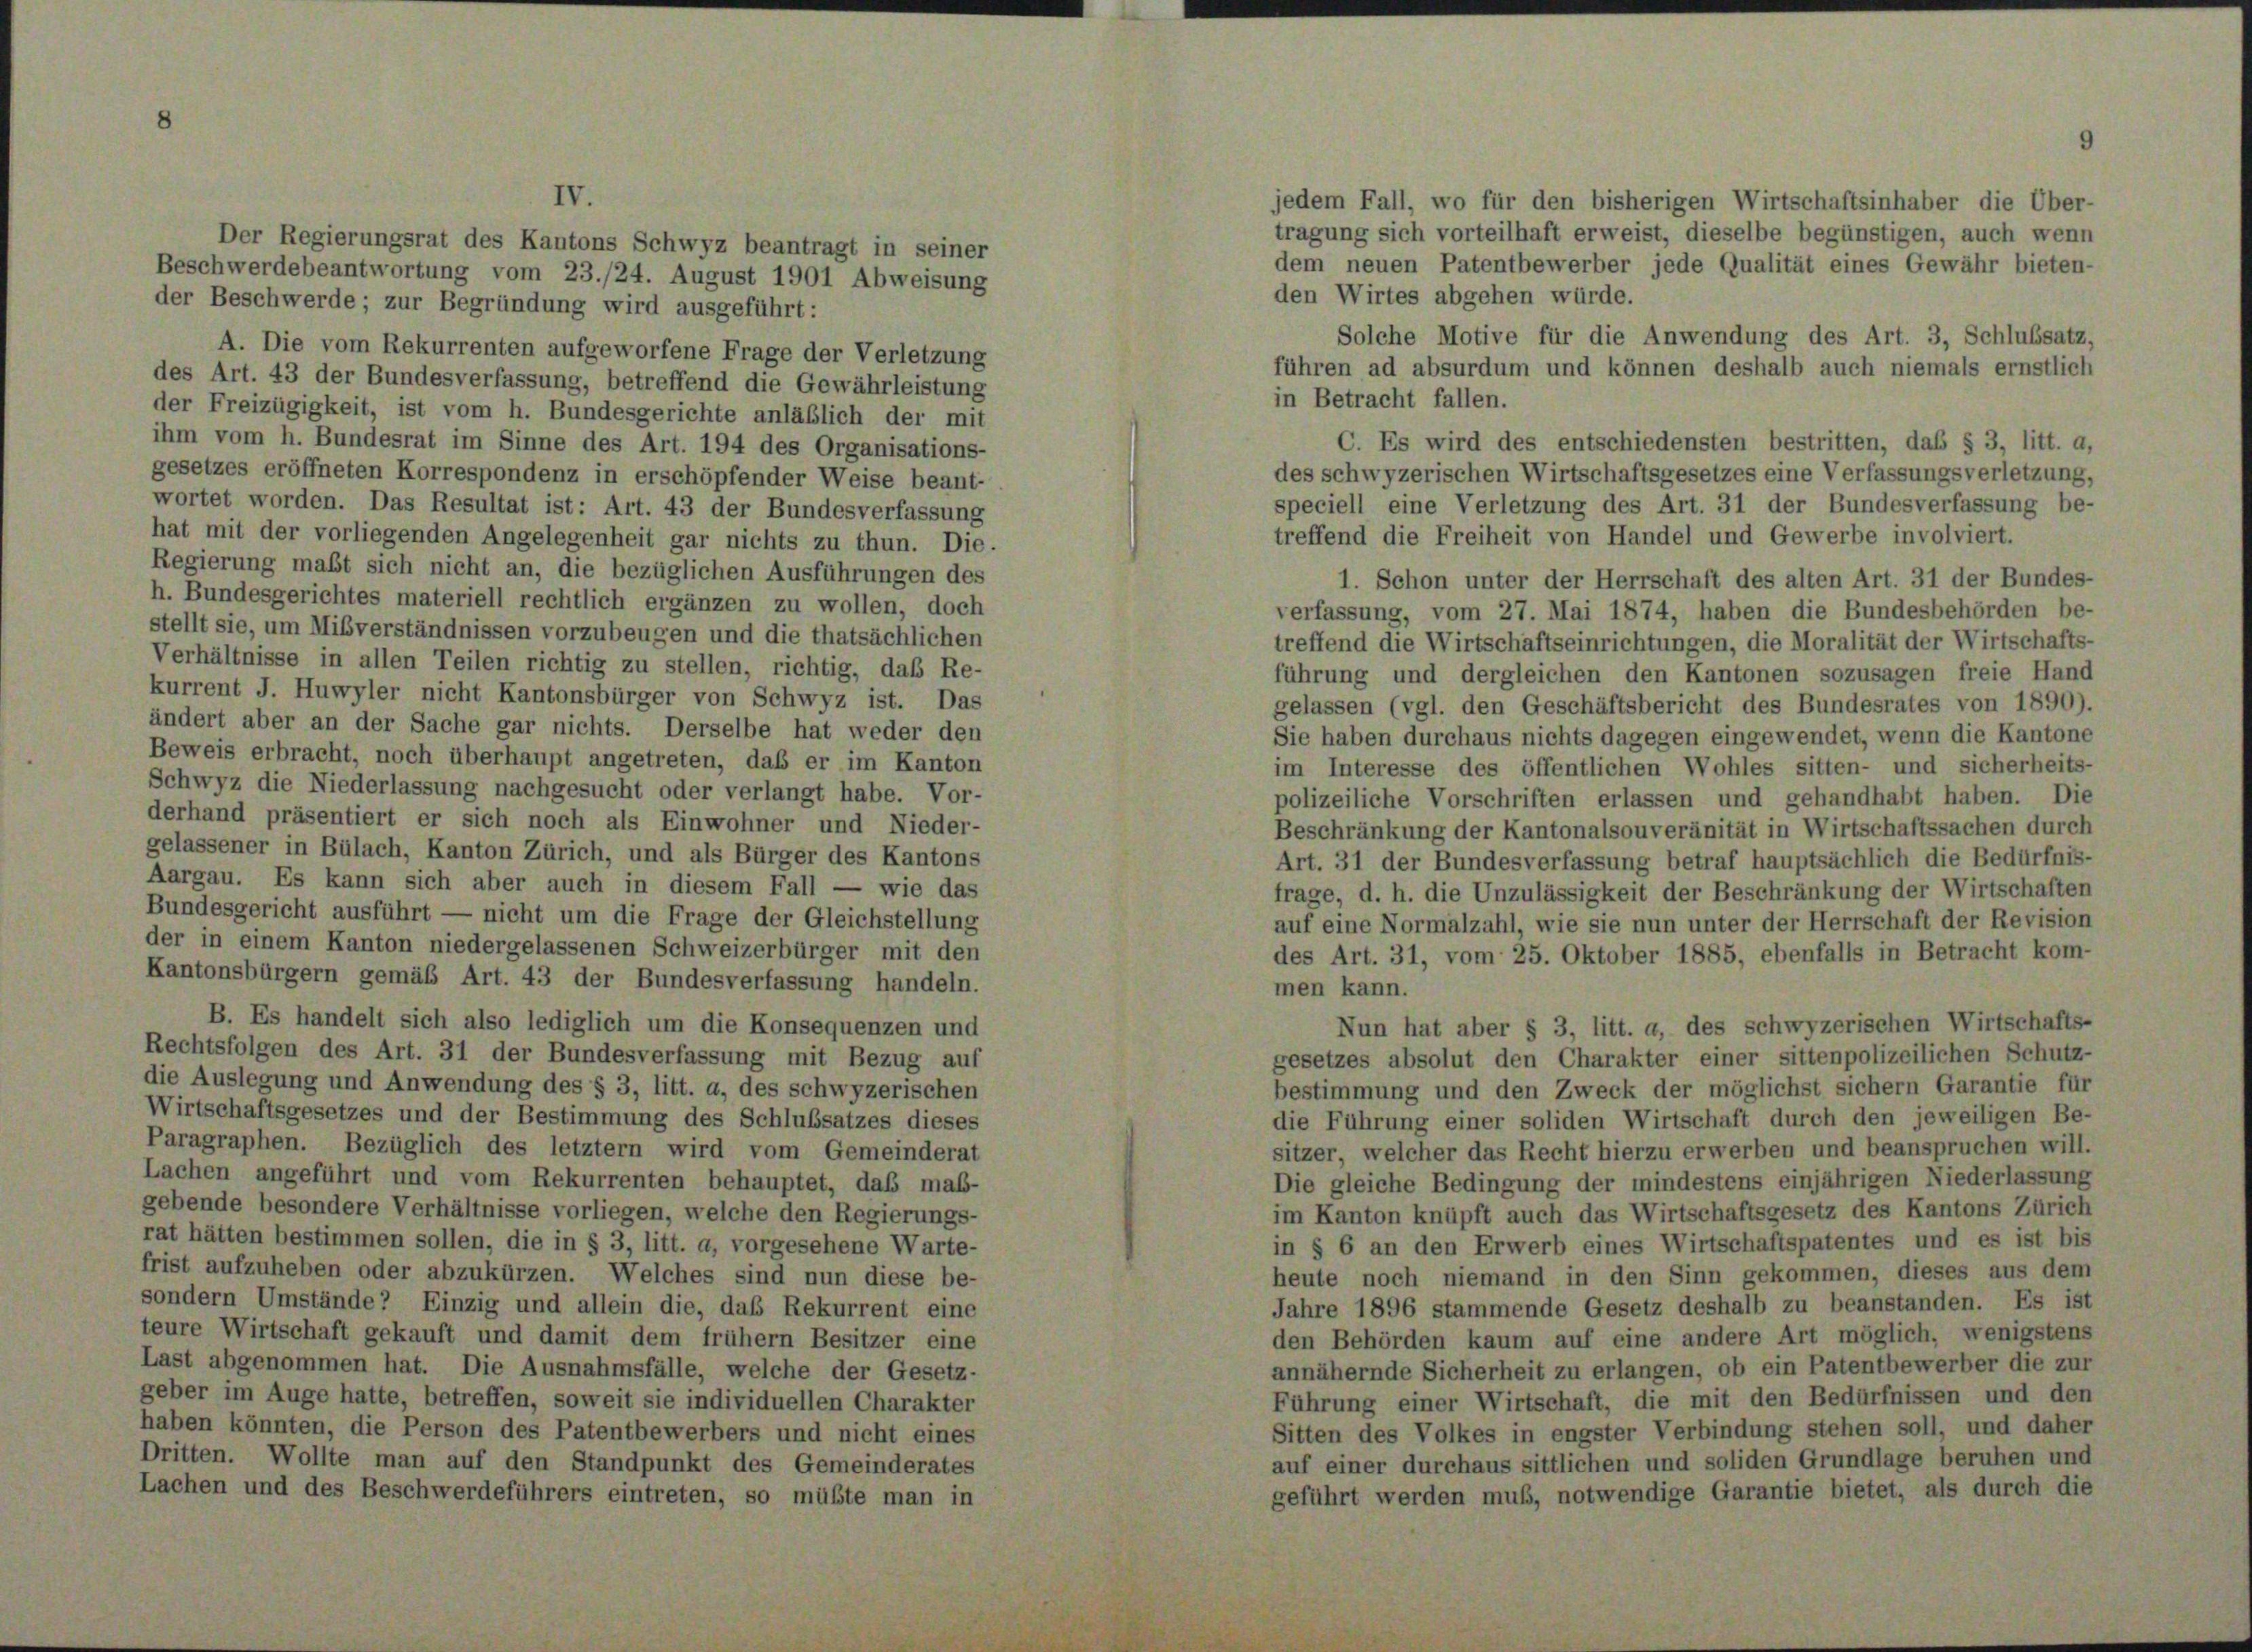
Der Regierungsrat des Kantons Schwyz beantragt in seiner
Beschwerdebeantwortung vom 23./24. August 1901 Abweisung
der Beschwerde; zur Begründung wird ausgeführt:
A. Die vom Rekurrenten aufgeworfene Frage der Verletzung
des Art. 43 der Bundesverfassung, betreffend die Gewährleistung
der Freizügigkeit, ist vom h. Bundesgerichte anläßlich der mit
ihm vom h. Bundesrat im Sinne des Art. 194 des Organisations-
gesetzes eröffneten Korrespondenz in erschöpfender Weise beant-
wortet worden. Das Resultat ist: Art. 43 der Bundesverfassung
hat mit der vorliegenden Angelegenheit gar nichts zu thun. Die
Regierung maßt sich nicht an, die bezüglichen Ausführungen des
h. Bundesgerichtes materiell rechtlich ergänzen zu wollen, doch
stellt sie, um Mißverständnissen vorzubeugen und die thatsächlichen
Verhältnisse in allen Teilen richtig zu stellen, richtig, daß Re-
kurrent J. Huwyler nicht Kantonsbürger von Schwyz ist. Das
ändert aber an der Sache gar nichts. Derselbe hat weder den
Beweis erbracht, noch überhaupt angetreten, daß er im Kanton
Schwyz die Niederlassung nachgesucht oder verlangt habe. Vor-
derhand präsentiert er sich noch als Einwohner und Nieder-
gelassener in Bülach, Kanton Zürich, und als Bürger des Kantons
Aargau. Es kann sich aber auch in diesem Fall — wie das
Bundesgericht ausführt — nicht um die Frage der Gleichstellung
der in einem Kanton niedergelassenen Schweizerbürger mit den
Kantonsbürgern gemäß Art. 43 der Bundesverfassung handeln.
B. Es handelt sich also lediglich um die Konsequenzen und
Rechtsfolgen des Art. 31 der Bundesverfassung mit Bezug auf
die Auslegung und Anwendung des § 3, litt. a, des schwyzerischen
Wirtschaftsgesetzes und der Bestimmung des Schlußsatzes dieses
Paragraphen. Bezüglich des letztem wird vom Gemeinderat
Lachen angeführt und vom Rekurrenten behauptet, daß maß-
gebende besondere Verhältnisse vorliegen, welche den Regierungs-
rat hätten bestimmen sollen, die in § 3, litt. a, vorgesehene Warte-
frist aufzuheben oder abzukürzen. Welches sind nun diese be-
sondern Umstände? Einzig und allein die, das Rekurrent eine
teure Wirtschaft gekauft und damit dem frühem Besitzer eine
Last abgenommen hat. Die Ausnahmsfälle, welche der Gesetz-
geber im Auge hatte, betreffen, soweit sie individuellen Charakter
haben könnten, die Person des Patentbewerbers und nicht eines
Dritten. Wollte man auf den Standpunkt des Gemeinderates
Lachen und des Beschwerdeführers eintreten, so müßte man in

jedem Fall, wo für den bisherigen Wirtschaftsinhaber die Über-
tragung sich vorteilhaft erweist, dieselbe begünstigen, auch wenn
dem neuen Patentbewerber jede Qualität eines Gewähr bieten-
den Wirtes abgehen würde.
Solche Motive für die Anwendung des Art. 3, Schlußsatz,
führen ad absurdum und können deshalb auch niemals ernstlich
in Betracht fallen.
C. Es wird des entschiedensten bestritten, daß § 3, litt. a,
des schwyzerischen Wirtschaftsgesetzes eine Verfassungsverletzung,
speciell eine Verletzung des Art. 31 der Bundesverfassung be-
treffend die Freiheit von Handel und Gewerbe involviert.
1. Schon unter der Herrschaft des alten Art. 31 der Bundes-
verfassung, vom 27. Mai 1874, haben die Bundesbehörden be-
treffend die Wirtschaftseinrichtungen, die Moralität der Wirtschafts-
führung und dergleichen den Kantonen sozusagen freie Hand
gelassen (vgl. den Geschäftsbericht des Bundesrates von 1890).
Sie haben durchaus nichts dagegen eingewendet, wenn die Kantone
im Interesse des öffentlichen Wohles sitten- und sicherheits-
polizeiliche Vorschriften erlassen und gehandhabt haben. Die
Beschränkung der Kantonalsouveränität in Wirtschaftssachen durch
Art. 31 der Bundesverfassung betraf hauptsächlich die Bedürfnis-
frage, d. h. die Unzulässigkeit der Beschränkung der Wirtschaften
auf eine Normalzahl, wie sie nun unter der Herrschaft der Revision
des Art. 31, vom 25. Oktober 1885, ebenfalls in Betracht kom-
men kann.
Nun hat aber § 3, litt. a, des schwyzerischen Wirtschafts-
gesetzes absolut den Charakter einer sittenpolizeilichen Schutz-
bestimmung und den Zweck der möglichst sichern Garantie für
die Führung einer soliden Wirtschaft durch den jeweiligen Be-
sitzer, welcher das Recht hierzu erwerben und beanspruchen will.
Die gleiche Bedingung der mindestens einjährigen Niederlassung
im Kanton knüpft auch das Wirtschaftsgesetz des Kantons Zürich
in § 6 an den Erwerb eines Wirtschaftspatentes und es ist bis
heute noch niemand in den Sinn gekommen, dieses aus dem
Jahre 1896 stammende Gesetz deshalb zu beanstanden. Es ist
den Behörden kaum auf eine andere Art möglich, wenigstens
annähernde Sicherheit zu erlangen, ob ein Patentbewerber die zur
Führung einer Wirtschaft, die mit den Bedürfnissen und den
Sitten des Volkes in engster Verbindung stehen soll, und daher
auf einer durchaus sittlichen und soliden Grundlage beruhen und
geführt werden muß, notwendige Garantie bietet, als durch die